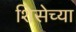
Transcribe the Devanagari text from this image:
शिसेच्या